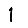
Digit: 1